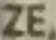
ZE